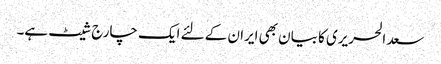
سعد الحریری کا بیان بھی ایران کے لئے ایک چارج شیٹ ہے۔